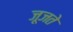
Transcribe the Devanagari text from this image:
जूजते